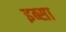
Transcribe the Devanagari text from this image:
इब्‍सा